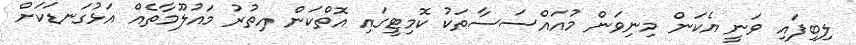
ލިބިފައި ވަނީ އެކަން މިނިވަން މުއައްސަސާތަކު ކޮމިޓީގައި އޮތްކަން އިތުރު މައުލޫމާތެއް އަޅުގަނޑަކަށް